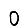
Digit: 0